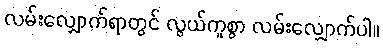
လမ်းလျှောက်ရာတွင် လွယ်ကူစွာ လမ်းလျှောက်ပါ။